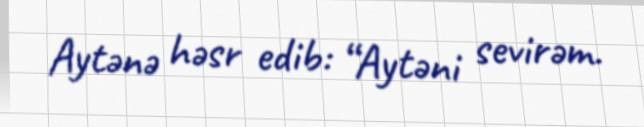
Aytənə həsr edib: “Aytəni sevirəm.